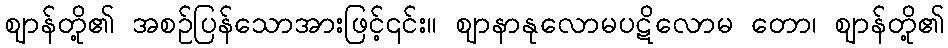
ဈာန်တို့၏ အစဉ်ပြန်သောအားဖြင့်၎င်း။ ဈာနာနုလောမပဋိလောမ တော၊ ဈာန်တို့၏